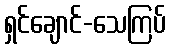
ရှင်ချောင်-သေကြပ်